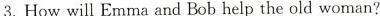
3. How will Emma and Bob help the old woman?